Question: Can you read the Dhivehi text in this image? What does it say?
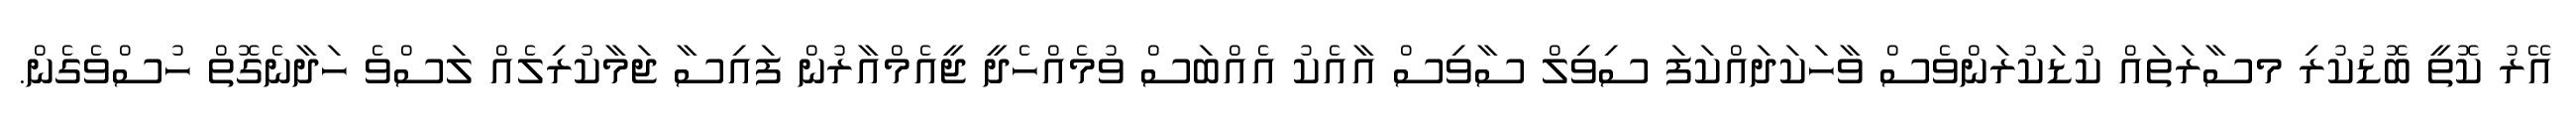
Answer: އޭރު ކޮތީ ބޮޑުކުރި މސާރަތައް ކުޑަކުރަންވެސް ވާހަކަދައްކަފަ ސިވިލް ސާވިސް އާއެކު އެއްބަސް ވުމެއްހެދީ ޖީއެމްއާރުން ފައިސާ ޖަމާކުރިލެއް ލަސްވެ ހަދާނެގޮތް ހުސްވެގެން.